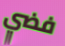
فضي